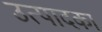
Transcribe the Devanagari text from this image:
उत्पादका